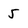
Character: 5